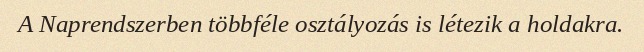
A Naprendszerben többféle osztályozás is létezik a holdakra.